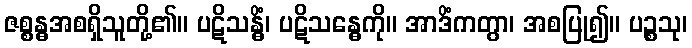
ဇစ္စန္ဓအစရှိသူတို့၏။ ပဋိသန္ဓိံ၊ ပဋိသန္ဓေကို။ အာဒိံကတွာ၊ အစပြု၍။ ပဉ္စသု၊